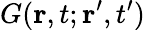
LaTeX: G(\mathbf{r},t;\mathbf{r}^{\prime},t^{\prime})